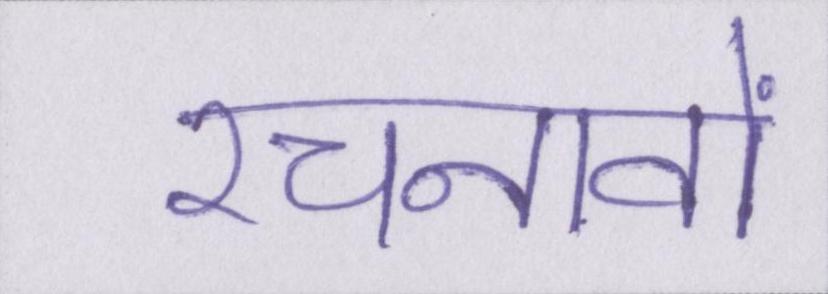
रचनावों